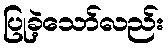
ပြုခဲ့သော်လည်း